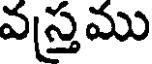
వస్త్రము